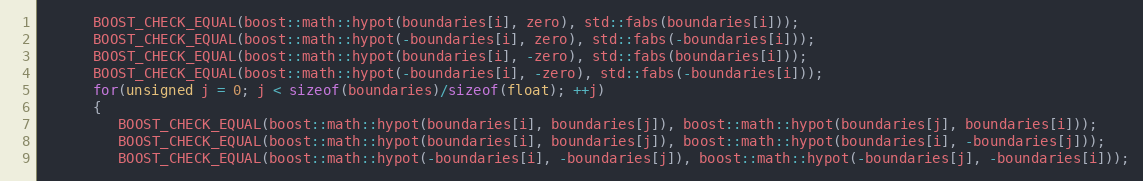
Language: C++
      BOOST_CHECK_EQUAL(boost::math::hypot(boundaries[i], zero), std::fabs(boundaries[i]));
      BOOST_CHECK_EQUAL(boost::math::hypot(-boundaries[i], zero), std::fabs(-boundaries[i]));
      BOOST_CHECK_EQUAL(boost::math::hypot(boundaries[i], -zero), std::fabs(boundaries[i]));
      BOOST_CHECK_EQUAL(boost::math::hypot(-boundaries[i], -zero), std::fabs(-boundaries[i]));
      for(unsigned j = 0; j < sizeof(boundaries)/sizeof(float); ++j)
      {
         BOOST_CHECK_EQUAL(boost::math::hypot(boundaries[i], boundaries[j]), boost::math::hypot(boundaries[j], boundaries[i]));
         BOOST_CHECK_EQUAL(boost::math::hypot(boundaries[i], boundaries[j]), boost::math::hypot(boundaries[i], -boundaries[j]));
         BOOST_CHECK_EQUAL(boost::math::hypot(-boundaries[i], -boundaries[j]), boost::math::hypot(-boundaries[j], -boundaries[i]));